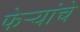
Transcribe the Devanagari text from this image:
फेर्‍यांचे